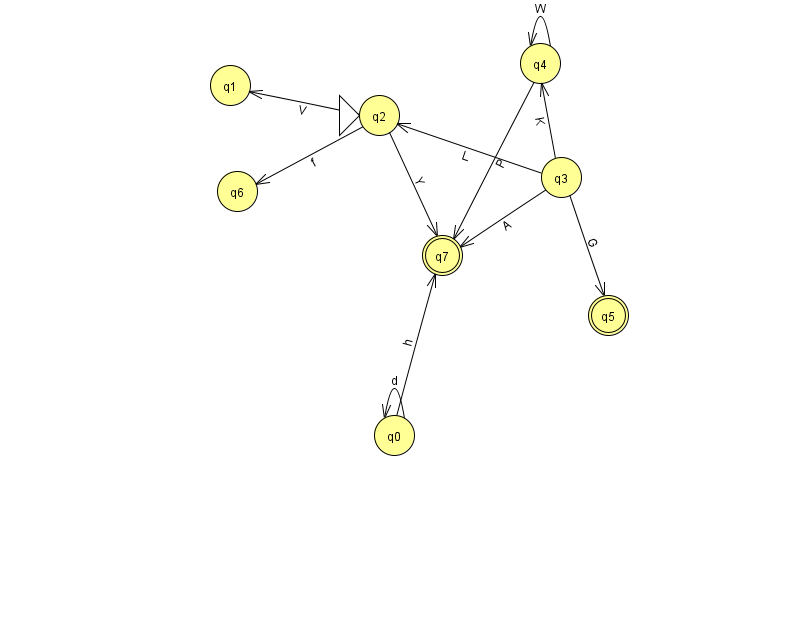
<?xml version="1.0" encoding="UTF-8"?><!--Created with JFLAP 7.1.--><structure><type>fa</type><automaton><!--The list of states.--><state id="0" name="q0"><x>394.0</x><y>422.0</y></state><state id="1" name="q1"><x>230.0</x><y>72.0</y></state><state id="2" name="q2"><x>379.0</x><y>102.0</y><initial/></state><state id="3" name="q3"><x>561.0</x><y>164.0</y></state><state id="4" name="q4"><x>540.0</x><y>50.0</y></state><state id="5" name="q5"><x>608.0</x><y>302.0</y><final/></state><state id="6" name="q6"><x>237.0</x><y>178.0</y></state><state id="7" name="q7"><x>442.0</x><y>242.0</y><final/></state><!--The list of transitions.--><transition><from>2</from><to>7</to><read>Y</read></transition><transition><from>0</from><to>7</to><read>h</read></transition><transition><from>0</from><to>0</to><read>d</read></transition><transition><from>4</from><to>4</to><read>W</read></transition><transition><from>2</from><to>1</to><read>V</read></transition><transition><from>3</from><to>5</to><read>G</read></transition><transition><from>3</from><to>2</to><read>L</read></transition><transition><from>4</from><to>7</to><read>P</read></transition><transition><from>2</from><to>6</to><read>f</read></transition><transition><from>3</from><to>7</to><read>A</read></transition><transition><from>3</from><to>4</to><read>K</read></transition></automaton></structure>